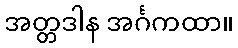
အတ္တဒါန အင်္ဂကထာ။